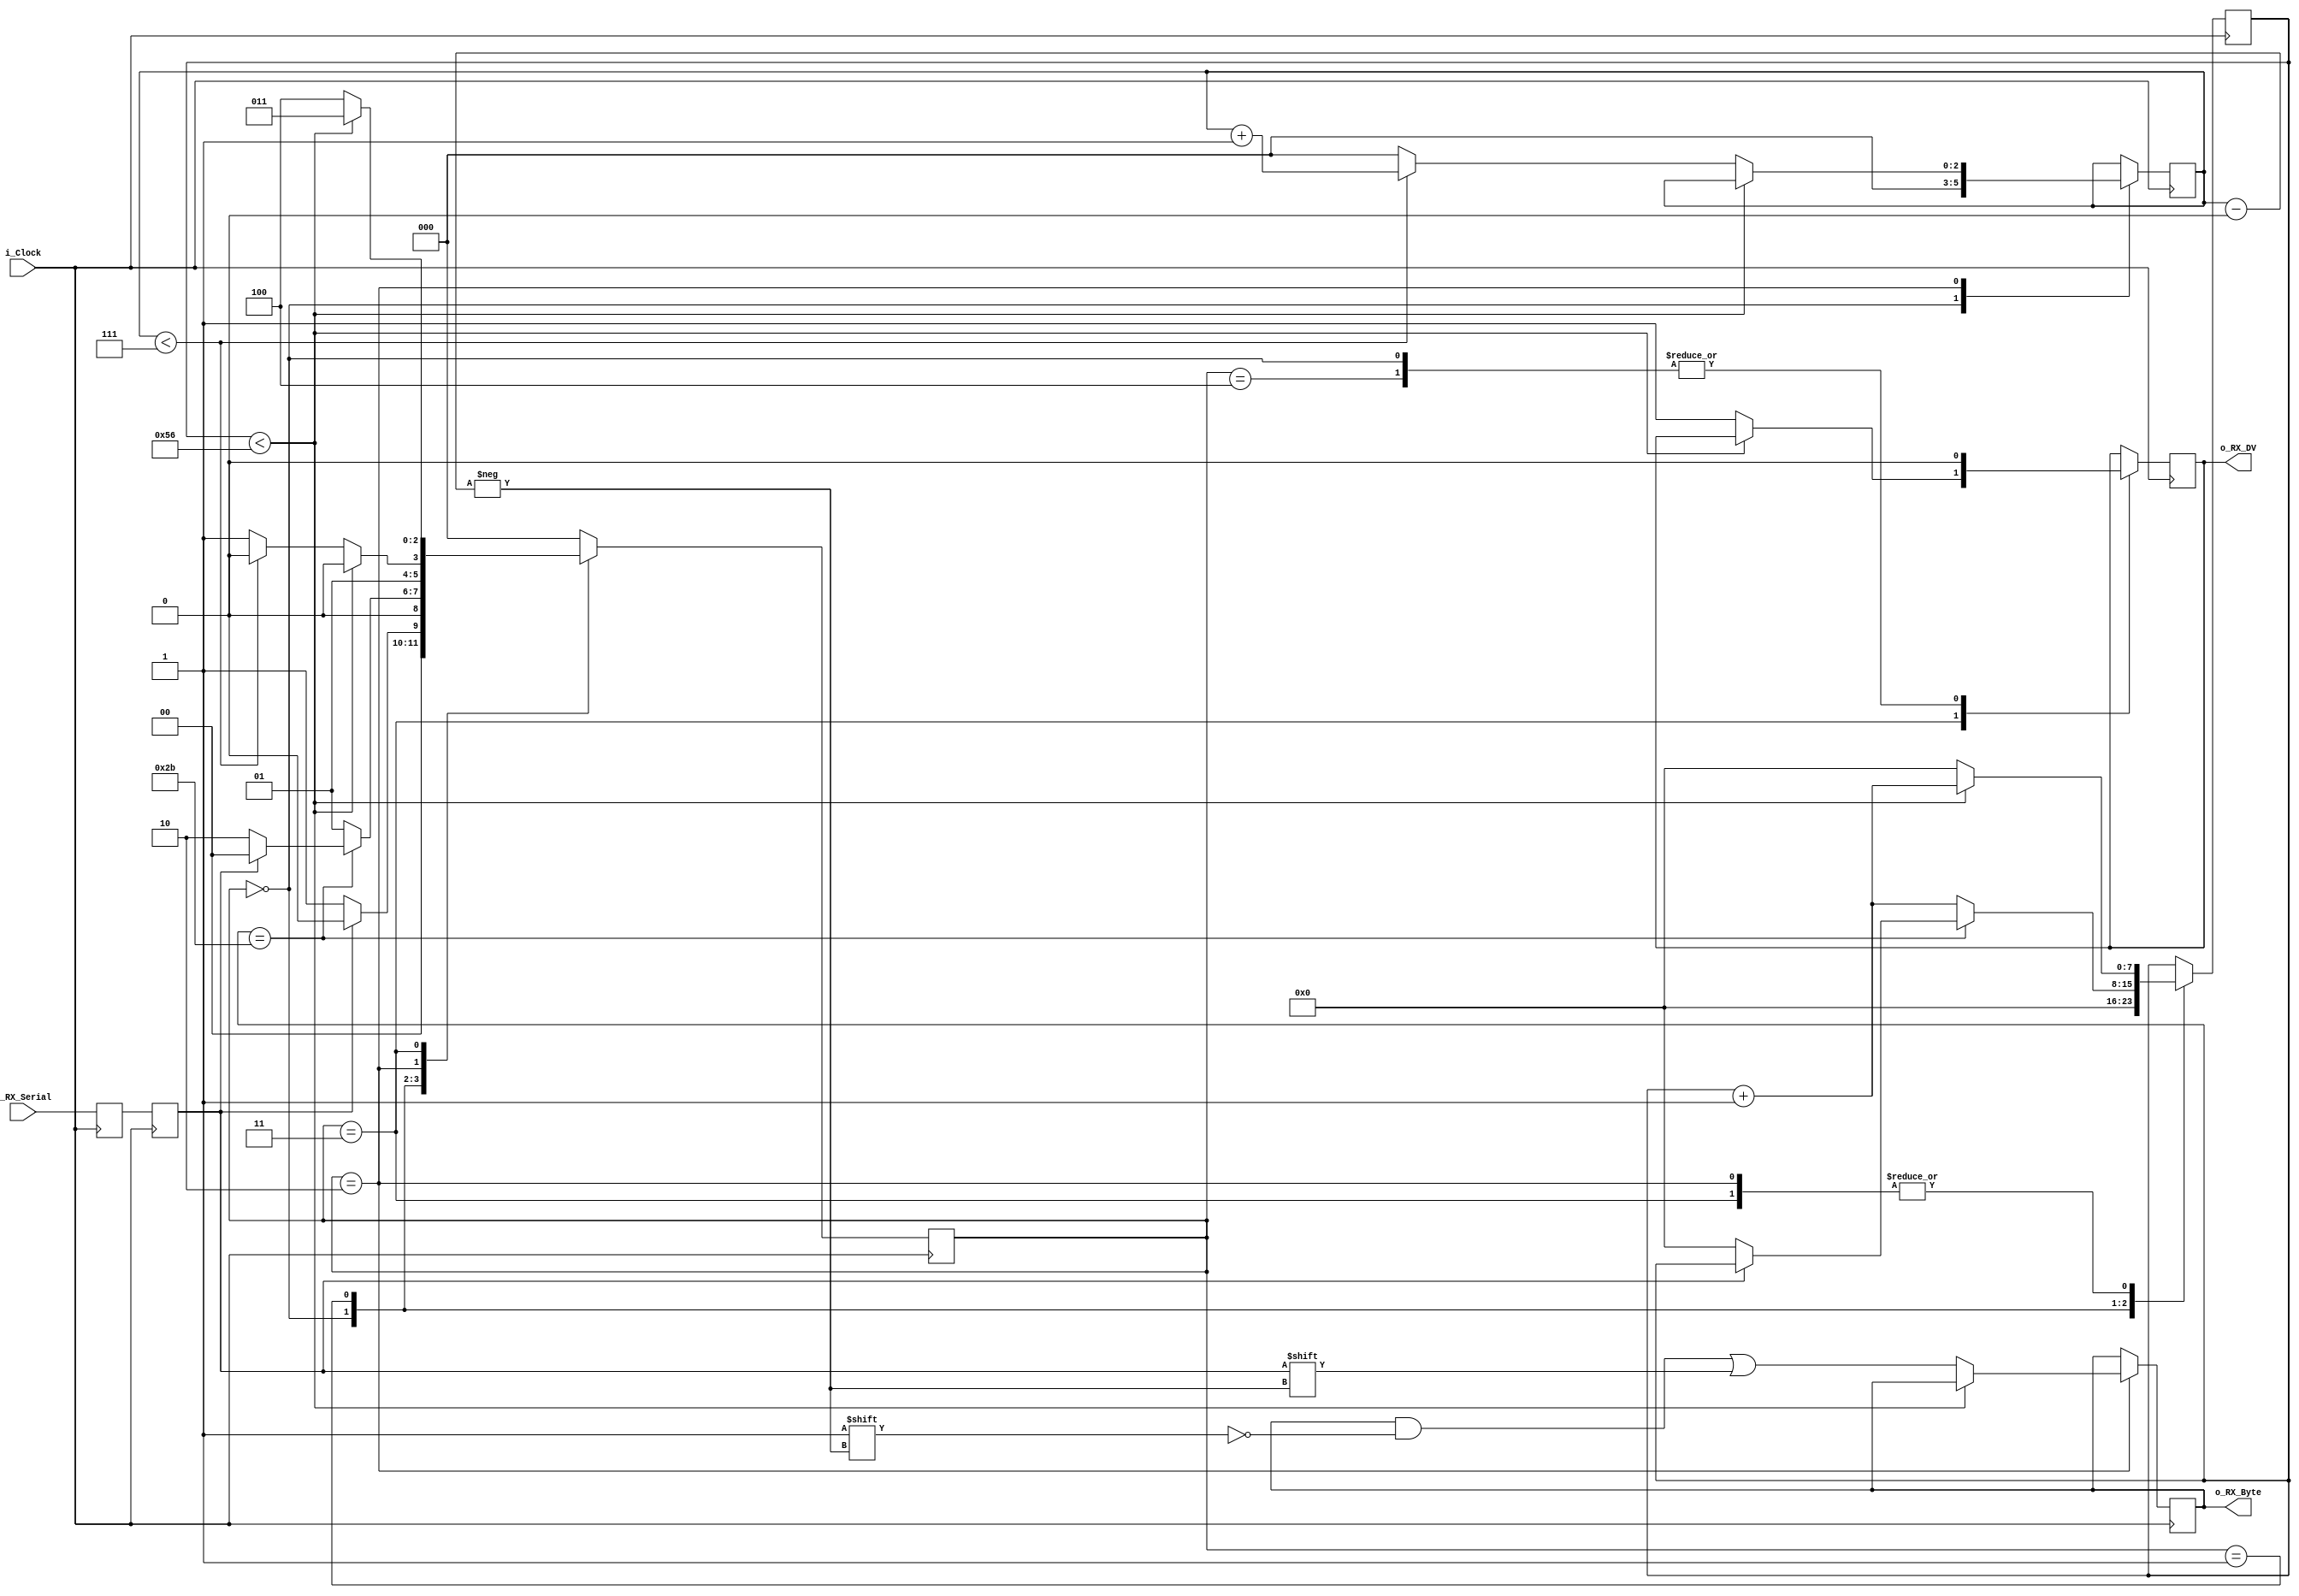
//////////////////////////////////////////////////////////////////////
// File Downloaded from http://www.nandland.com
//////////////////////////////////////////////////////////////////////
// This file contains the UART Receiver. This receiver is able to receive 8 bits of serial data, one start bit,
// one stop bit, and no parity bit. When RX is complete o_RX_DV will be driven high for _one_ clock cycle.
//
// Set Parameter CLKS_PER_BIT as follows:
// CLKS_PER_BIT = (Frequency of i_Clock)/(Frequency of UART)
// Example: 10 MHz Clock, 115200 baud UART: (10000000)/(115200) = 87
`ifndef UART_RX_H
`define UART_RX_H

module uart_rx #(parameter CLKS_PER_BIT = 87) (
    input           i_Clock,
    input           i_RX_Serial,
    output          o_RX_DV,
    output [7:0]    o_RX_Byte);

parameter s_IDLE             = 3'b000;
parameter s_RX_START_BIT     = 3'b001;
parameter s_RX_DATA_BITS     = 3'b010;
parameter s_RX_STOP_BIT      = 3'b011;
parameter s_CLEANUP          = 3'b100;

reg r_RX_Data_R = 1'b1;
reg r_RX_Data   = 1'b1;

reg [7:0]   r_Clock_Count   = 0; //XXX make bigger for fast clocks
reg [2:0]   r_Bit_Index     = 0; //8 bits total
reg [7:0]   r_RX_Byte       = 0;
reg         r_RX_DV         = 0;
reg [2:0]   r_SM_Main       = 0; // IDLE

// Purpose: Double-register the incoming data. This allows it to be used in the UART RX Clock Domain.
always @(posedge i_Clock) begin // (It removes problems caused by metastability)
      r_RX_Data_R <= i_RX_Serial;
      r_RX_Data <= r_RX_Data_R;
end

always @(posedge i_Clock) begin // Purpose: Control RX state machine
    case (r_SM_Main)
    s_IDLE : begin  // Wait for start bit
        r_RX_DV <= 1'b0;
        r_Clock_Count <= 0;
        r_Bit_Index <= 0;
        if (r_RX_Data == 1'b0)               // Start bit detected
            r_SM_Main <= s_RX_START_BIT;
        else
            r_SM_Main <= s_IDLE;
    end // case: r_SM_Main
    s_RX_START_BIT : begin  // Check middle of start bit, make sure it's still low
        if (r_Clock_Count == (CLKS_PER_BIT-1)/2) begin
            if (r_RX_Data == 1'b0) begin
                r_Clock_Count <= 0;   // reset counter, found the middle
                r_SM_Main <= s_RX_DATA_BITS;
            end else
                r_SM_Main <= s_IDLE;
        end else begin
            r_Clock_Count <= r_Clock_Count + 1;
            r_SM_Main <= s_RX_START_BIT;
        end
    end // case: s_RX_START_BIT
    s_RX_DATA_BITS : begin  // Wait CLKS_PER_BIT-1 clock cycles to sample serial data
        if (r_Clock_Count < CLKS_PER_BIT-1) begin
            r_Clock_Count <= r_Clock_Count + 1;
            r_SM_Main <= s_RX_DATA_BITS;
        end else begin
            r_Clock_Count <= 0;
            r_RX_Byte[r_Bit_Index] <= r_RX_Data;
            if (r_Bit_Index < 7) begin  // Check if we have received all bits
                r_Bit_Index <= r_Bit_Index + 1;
                r_SM_Main <= s_RX_DATA_BITS;
            end else begin
                r_Bit_Index <= 0;
                r_SM_Main <= s_RX_STOP_BIT;
            end
        end
    end // case: s_RX_DATA_BITS
    s_RX_STOP_BIT : begin   // Receive Stop bit.   Stop bit = 1
        if (r_Clock_Count < CLKS_PER_BIT-1) begin   // Wait CLKS_PER_BIT-1 clock cycles for Stop bit to finish
            r_Clock_Count <= r_Clock_Count + 1;
            r_SM_Main <= s_RX_STOP_BIT;
    end else begin  // FIXME Tim are we actually checking for a stop bit or just waiting it out?
            r_RX_DV <= 1'b1;
            r_Clock_Count <= 0;
            r_SM_Main <= s_CLEANUP;
        end
    end // case: s_RX_STOP_BIT
    s_CLEANUP : begin   // Stay here 1 clock
        r_SM_Main <= s_IDLE;
        r_RX_DV    <= 1'b0;
    end // case: s_CLEANUP
    default :
        r_SM_Main <= s_IDLE;
    endcase
end // always

assign o_RX_DV   = r_RX_DV;
assign o_RX_Byte = r_RX_Byte;

endmodule // uart_rx
`endif // UART_TX_H